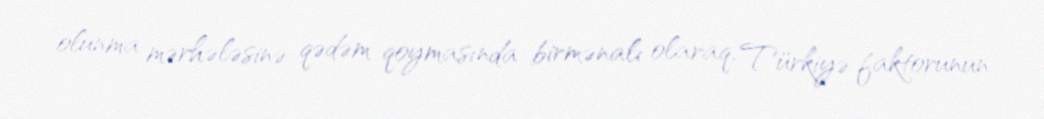
olunma mərhələsinə qədəm qoymasında birmənalı olaraq, Türkiyə faktorunun